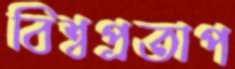
বিশ্বপ্রতাপ